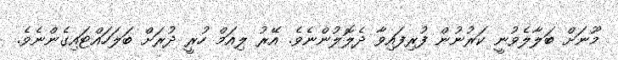
މޫނަށް ބަލާލެވުނީ ކަރުނުން ފުރިފައިވާ ދެލޮލުންނެވެ. އޭރު ލިއަމް ހުރީ ދުރަށް ބަލަހައްޓައިގެންނެވެ.